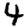
Digit: 4